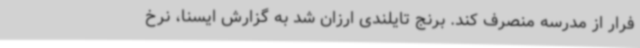
فرار از مدرسه منصرف کند. برنج تایلندی ارزان شد به گزارش ایسنا، نرخ